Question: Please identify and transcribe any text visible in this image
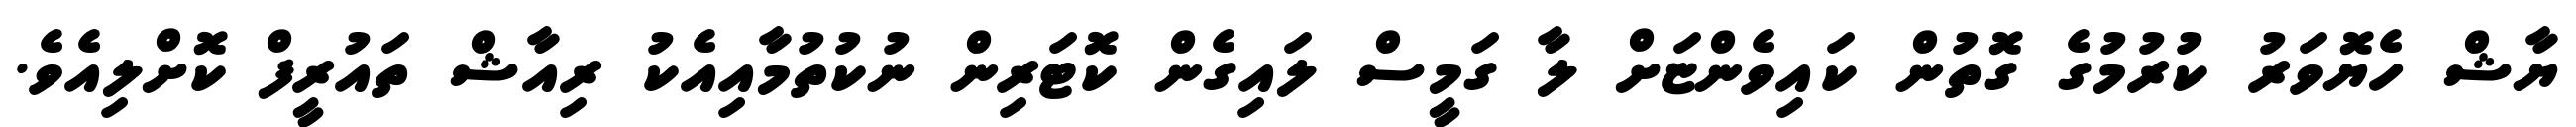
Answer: ޔާޝް ހެޔޮވަރު ކުރުމުގެ ގޮތުން ކައިވެންޏަށް ލާ ގަމީސް ލައިގެން ކޮޓަރިން ނުކުތުމާއިއެކު ރިއާޝް ތައުރީފް ކޮށްލިއެވެ.